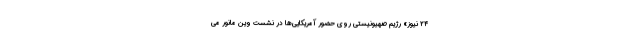
۲۴ نیوز» رژیم صهیونیستی روی حضور آمریکایی‌ها در نشست وین مانور می